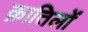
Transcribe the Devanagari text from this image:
क़ातिलों